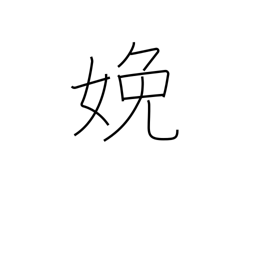
Meaning: bear (children)